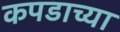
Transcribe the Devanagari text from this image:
कपडाच्या